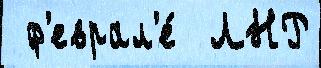
 ф'еврал'е́  ЛНР